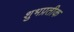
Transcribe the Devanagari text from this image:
शुभप्रतीक